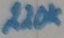
Text: 220K